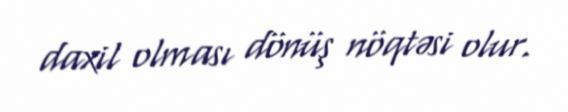
daxil olması dönüş nöqtəsi olur.